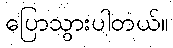
ပြောသွားပါတယ်။